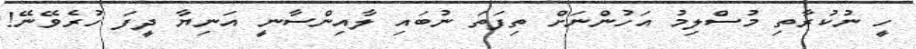
ހީ ނުކުރާތި މުސްލިމު އަހުންނަށް ތިފަތަ ނުބައި ލާއިންސާނީ އަނިޔާ ދީފަ ހުރެވޭނޭ!